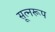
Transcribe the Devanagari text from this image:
सूत्नरूप